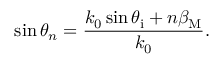
\sin \theta _ { n } = \frac { k _ { 0 } \sin \theta _ { \mathrm { i } } + n \beta _ { \mathrm { M } } } { k _ { 0 } } .